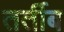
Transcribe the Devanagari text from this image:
तर्तीब